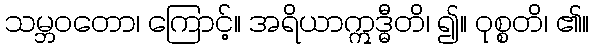
သမ္ဘဝတော၊ ကြောင့်။ အရိယာဣဒ္ဓီတိ၊ ၍။ ဝုစ္စတိ၊ ၏။